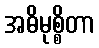
အဓိမုစ္စိတာ